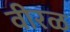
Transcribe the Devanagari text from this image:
वीरळ